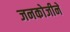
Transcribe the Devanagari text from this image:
जनकोजीने